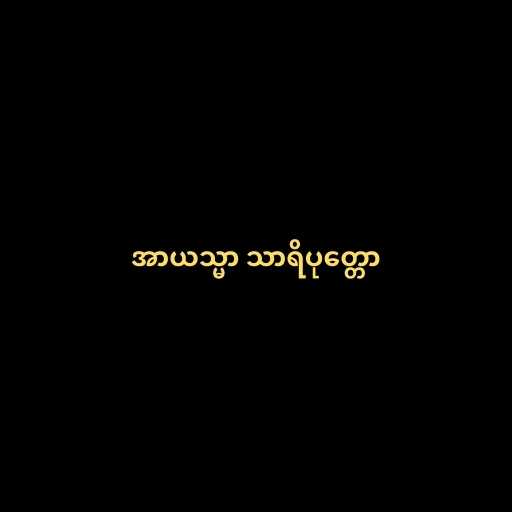
အာယသ္မာ သာရိပုတ္တော